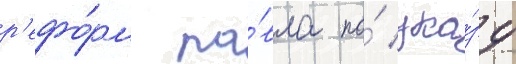
р'ефо́рм па́вла по́ ука́зу